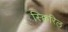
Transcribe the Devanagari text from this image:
स्क्विरिल